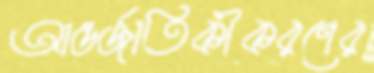
আন্তর্জাতিকীকরণের